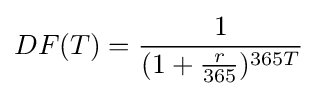
DF(T)={\frac {1}{(1+{\frac {r}{365}})^{365T}}}